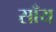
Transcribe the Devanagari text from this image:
साँय